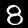
Label: 8